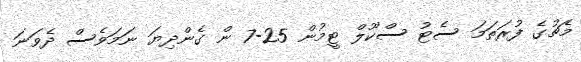
މެޗުގެ ފުރަތަމަ ސެޓު ސްކޫލް ޓީމުން 25-7 ން ގެންދިޔަ ނަމަވެސް ދެވަނަ